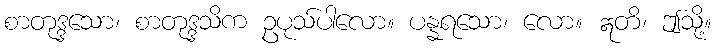
စာတုဒ္ဒသော၊ စာတုဒ္ဒသိက ဥပုသ်ပါလော။ ပန္နရသော၊ လော။ ဣတိ၊ ဤသို့။